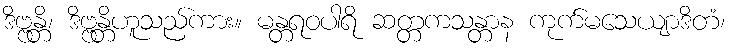
ဒိဗ္ဗန္တိ၊ ဒိဗ္ဗန္တိဟူသည်ကား။ မန္တရဝပါရိ ဆတ္တကသန္တာန ကုက်မသေယျာဒိတံ၊